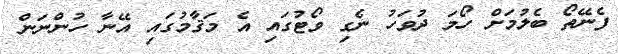
ފެނޭތޯ ބެލުމަށް ހޯމަ ދުވަހު ނެގި ވޯޓުގައި އެ މަޤާމުގައި އޭނާ ހުންނަން